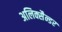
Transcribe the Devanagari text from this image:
अलिक्सैन्डर